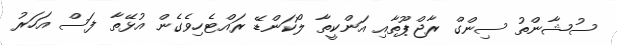
ސުޝާންތު ސިންގް ރާޖްޕޫތާއި އަންކީތާ ލޯކަންޑޭ ރައްޓެހިވެގެން އުޅޭތާ ފަސް އަހަރު